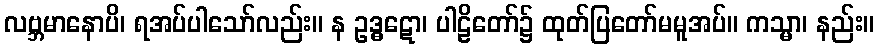
လဗ္ဘမာနောပိ၊ ရအပ်ပါသော်လည်း။ န ဥဒ္ဓဋော၊ ပါဠိတော်၌ ထုတ်ပြတော်မမူအပ်။ ကသ္မာ၊ နည်း။